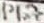
Text: P1.7